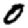
Digit: 0